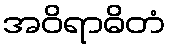
အဝိရာဓိတံ